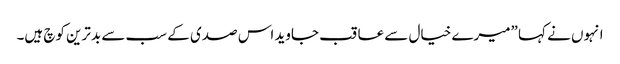
انہوں نے کہا ”میرے خیال سے عاقب جاوید اس صدی کے سب سے بدترین کوچ ہیں۔